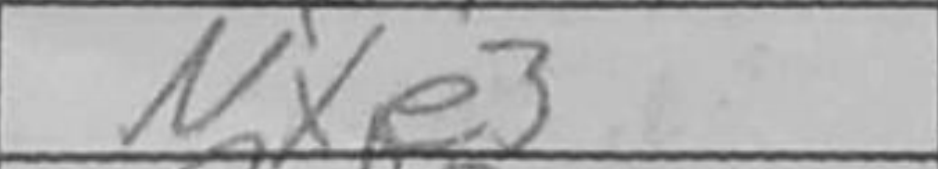
Transcription: Nxe3